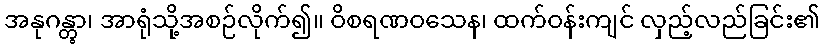
အနုဂန္တွာ၊ အာရုံသို့အစဉ်လိုက်၍။ ဝိစရဏဝသေန၊ ထက်ဝန်းကျင် လှည့်လည်ခြင်း၏